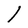
Character: l